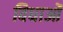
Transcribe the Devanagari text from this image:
विधाओं